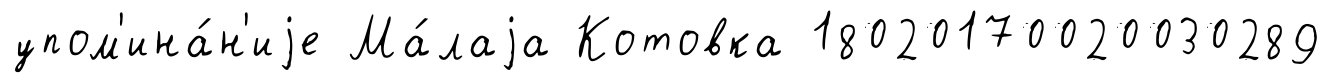
упом'ина́н'иjе Ма́лаjа Котовка 18020170020030289